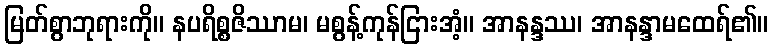
မြတ်စွာဘုရားကို။ နပရိစ္စဇိဿာမ၊ မစွန့်ကုန်ငြားအံ့။ အာနန္ဒဿ၊ အာနန္ဒာမထေရ်၏။